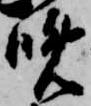
晩